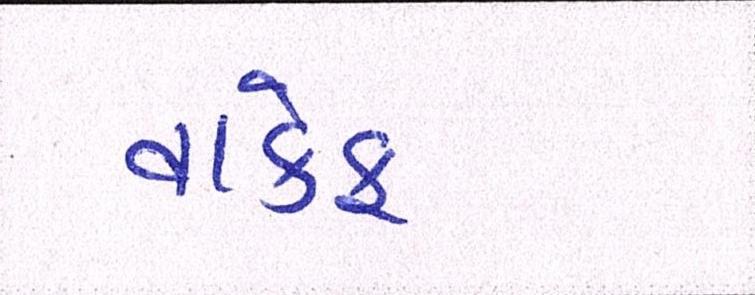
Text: વાકેફ